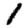
Digit: 1